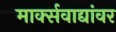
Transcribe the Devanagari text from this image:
मार्क्‍सवाद्यांवर